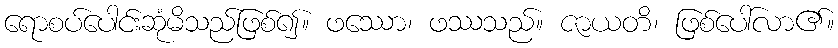
ရောစပ်ပေါင်းဆုံမိသည်ဖြစ်၍။ ဖဿော၊ ဖဿသည်။ ဇာယတိ၊ ဖြစ်ပေါ်လာ၏။